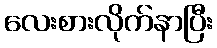
လေးစားလိုက်နာပြီး